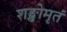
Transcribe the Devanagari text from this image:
शङ्खोमृतं